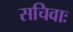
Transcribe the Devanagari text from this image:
सचिवाः